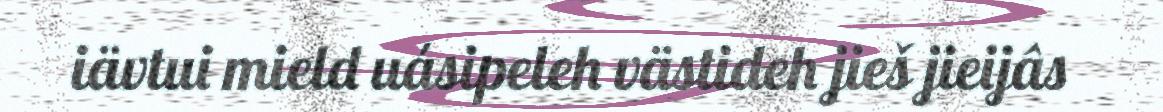
iävtui mield uásipeleh västideh jieš jieijâs